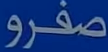
صفرو